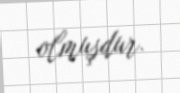
olmuşdur.